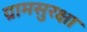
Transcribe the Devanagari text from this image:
ग्रामसुरक्षा